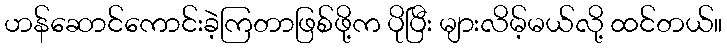
ဟန်ဆောင်ကောင်းခဲ့ကြတာဖြစ်ဖို့က ပိုပြီး များလိမ့်မယ်လို့ ထင်တယ်။